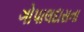
ગોપાલદાસના